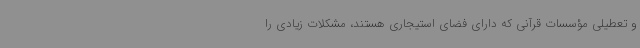
و تعطیلی مؤسسات قرآنی که دارای فضای استیجاری هستند، مشکلات زیادی را